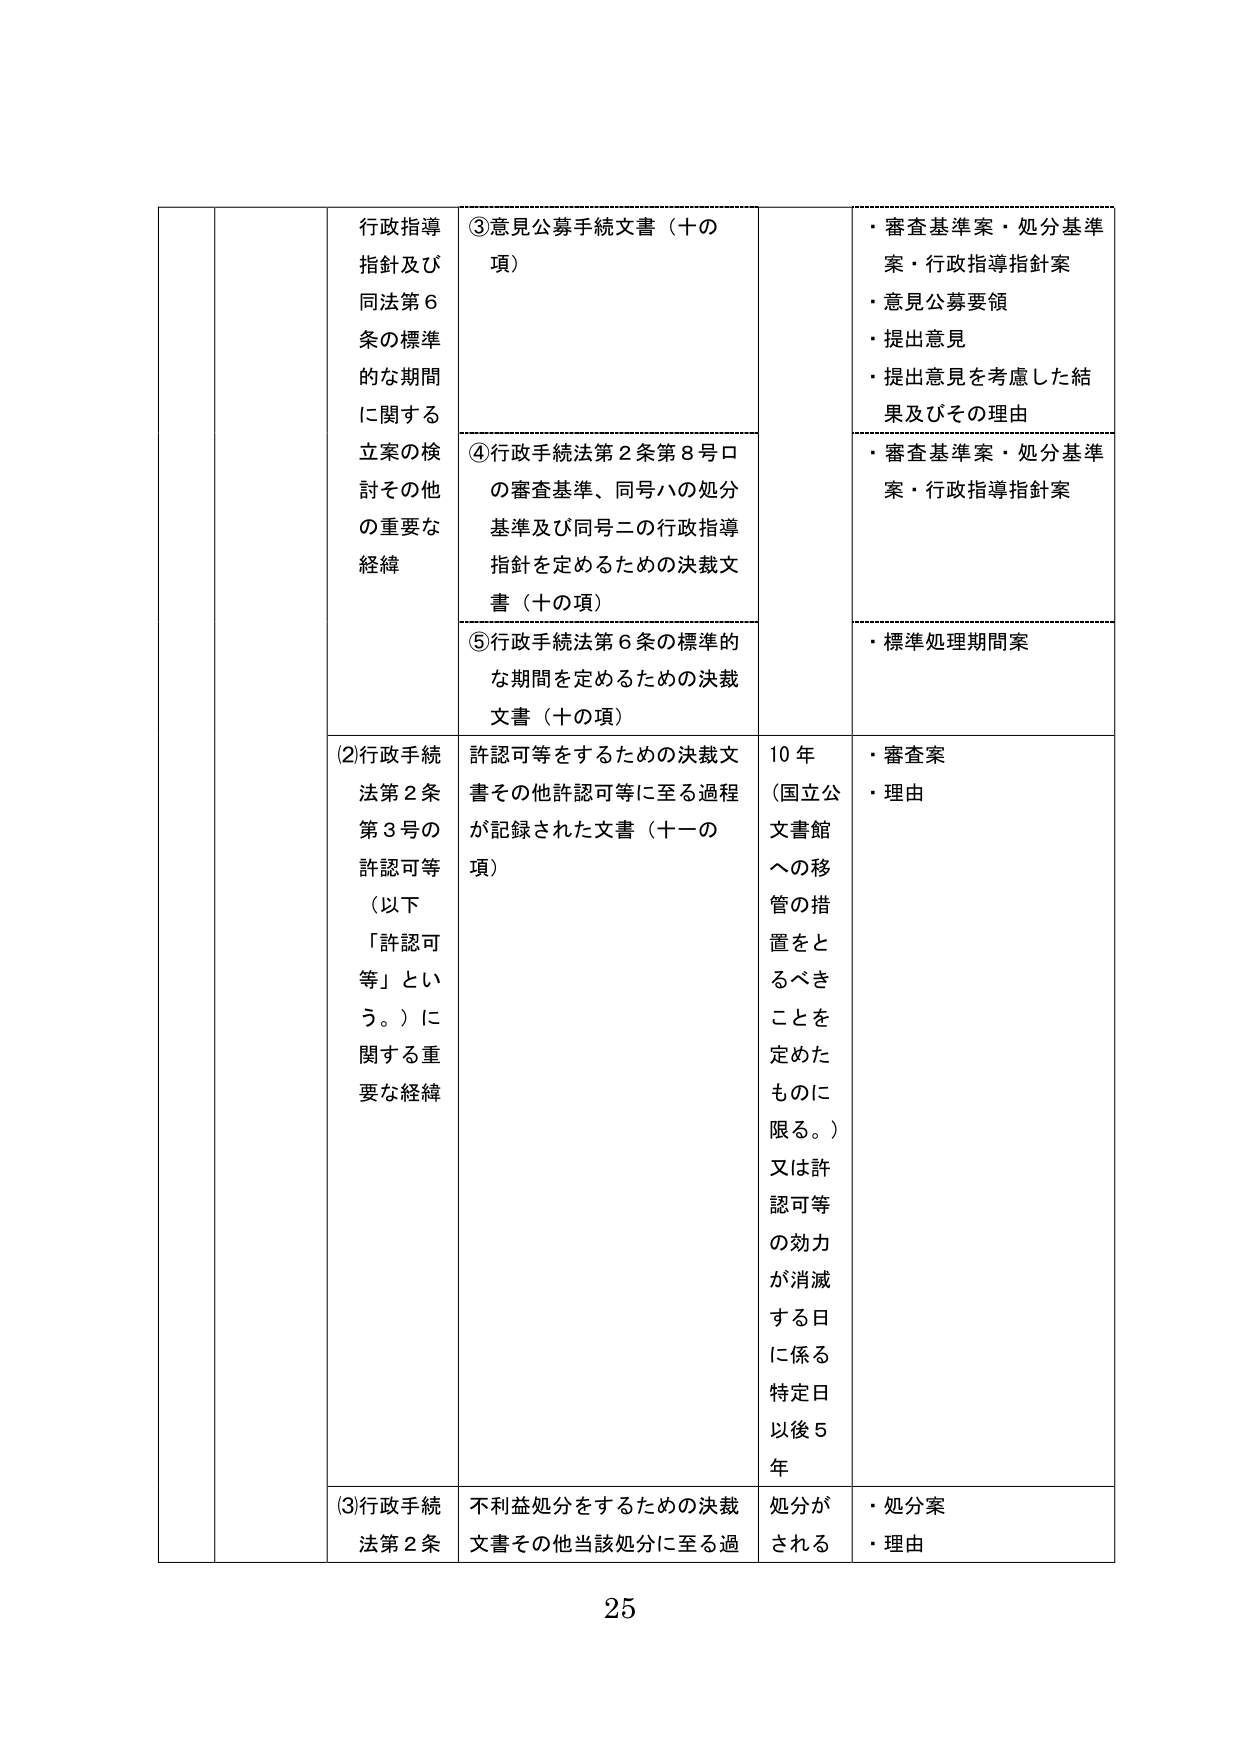
行政指導
指針及び
同法第６
条の標準
的な期間
に関する
立案の検
討その他
の重要な
経緯

③意見公募手続文書（十の
項）

・審査基準案・処分基準
案・行政指導指針案
・意見公募要領
・提出意見
・提出意見を考慮した結
果及びその理由

④行政手続法第２条第８号ロ
の審査基準、同号ハの処分
基準及び同号ニの行政指導
指針を定めるための決裁文
書（十の項）

・審査基準案・処分基準
案・行政指導指針案

⑤行政手続法第６条の標準的
な期間を定めるための決裁
文書（十の項）

・標準処理期間案

(2)行政手続
法第２条
第３号の
許認可等
（以下
「許認可
等」とい
う。）に
関する重
要な経緯

許認可等をするための決裁文
書その他許認可等に至る過程
が記録された文書（十一の
項）

10年
（国立公
文書館
への移
管の措
置をと
るべき
ことを
定めた
ものに
限る。）
又は許
認可等
の効力
が消滅
する日
に係る
特定日
以後５
年

・審査案
・理由

(3)行政手続
法第２条

不利益処分をするための決裁
文書その他当該処分に至る過

処分が
される

・処分案
・理由

25